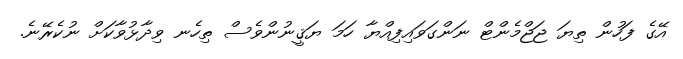
އޭގެ ފަހުން ތިޔަ ޖަޖްމެންޓް ނަންގަވައިފިއްޔާ ހަމަ ޔަޤީނުންވެސް ތިހެނ ވިދާޅުވާކަށް ނުކެރޭނެ.